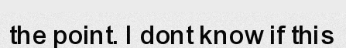
the point. I dont know if this